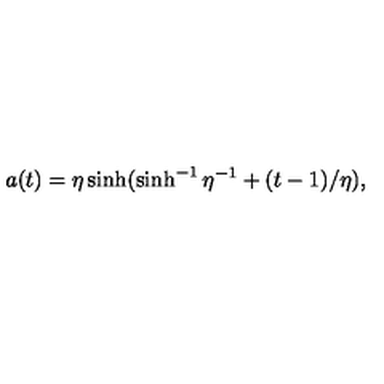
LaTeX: a ( t ) = \eta \sinh ( \sinh ^ { - 1 } \eta ^ { - 1 } + ( t - 1 ) / \eta ) ,